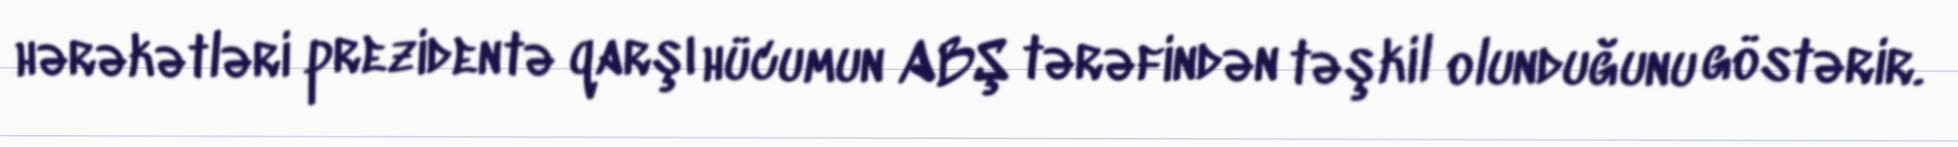
hərəkətləri prezidentə qarşı hücumun ABŞ tərəfindən təşkil olunduğunu göstərir.